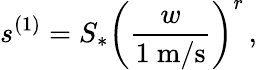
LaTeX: \displaystyle s^{(1)}=S_{*}\left(\frac{w}{1\ \mathrm{m/s}}\right)^{r}\, ,